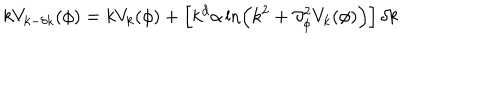
LaTeX: k V _ { k - \delta k } ( \phi ) = k V _ { k } ( \phi ) + \left[ k ^ { d } \alpha \ln \left( k ^ { 2 } + \partial _ { \phi } ^ { 2 } V _ { k } ( \phi ) \right) \right] \delta k